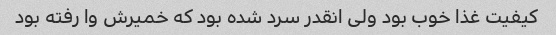
کیفیت غذا خوب بود ولی انقدر سرد شده بود که خمیرش وا رفته بود